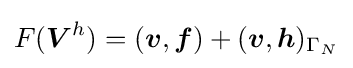
F({\boldsymbol {V}}^{h})=({\boldsymbol {v}},{\boldsymbol {f}})+({\boldsymbol {v}},{\boldsymbol {h}})_{\Gamma _{N}}